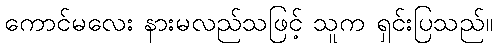
ကောင်မလေး နားမလည်သဖြင့် သူက ရှင်းပြသည်။